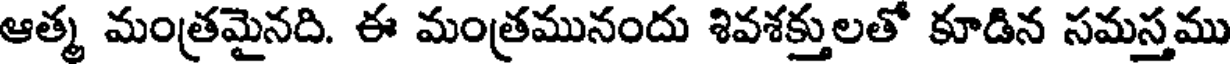
ఆత్మ మంత్రమైనది. ఈ మంత్రమునందు శివశక్తులతో కూడిన సమస్తము